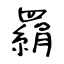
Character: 羂